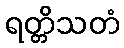
ရတ္တိသတံ